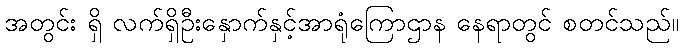
အတွင်း ရှိ လက်ရှိဦးနှောက်နှင့်အာရုံကြောဌာန နေရာတွင် စတင်သည်။